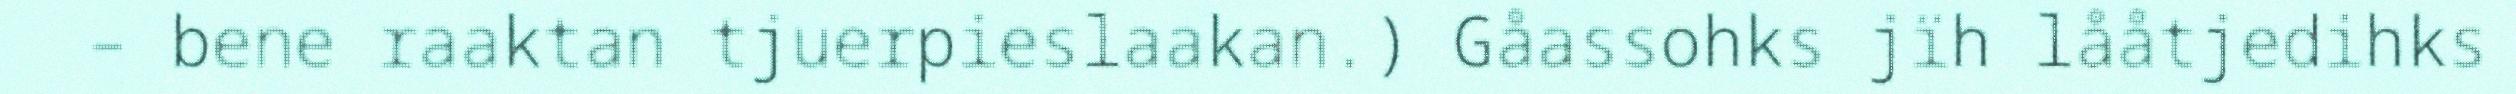
– bene raaktan tjuerpieslaakan.) Gåassohks jïh lååtjedihks